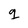
Character: q